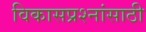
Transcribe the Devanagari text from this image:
विकासप्रश्नांसाठी